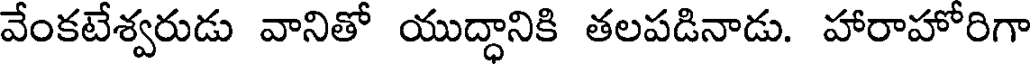
వేంకటేశ్వరుడు వానితో యుద్ధానికి తలపడినాడు. హారాహోరిగా